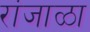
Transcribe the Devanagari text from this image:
रांजाळा